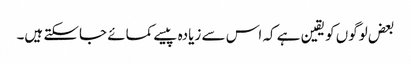
بعض لوگوں کو یقین ہے کہ اس سے زیادہ پیسے کمائے جاسکتے ہیں۔